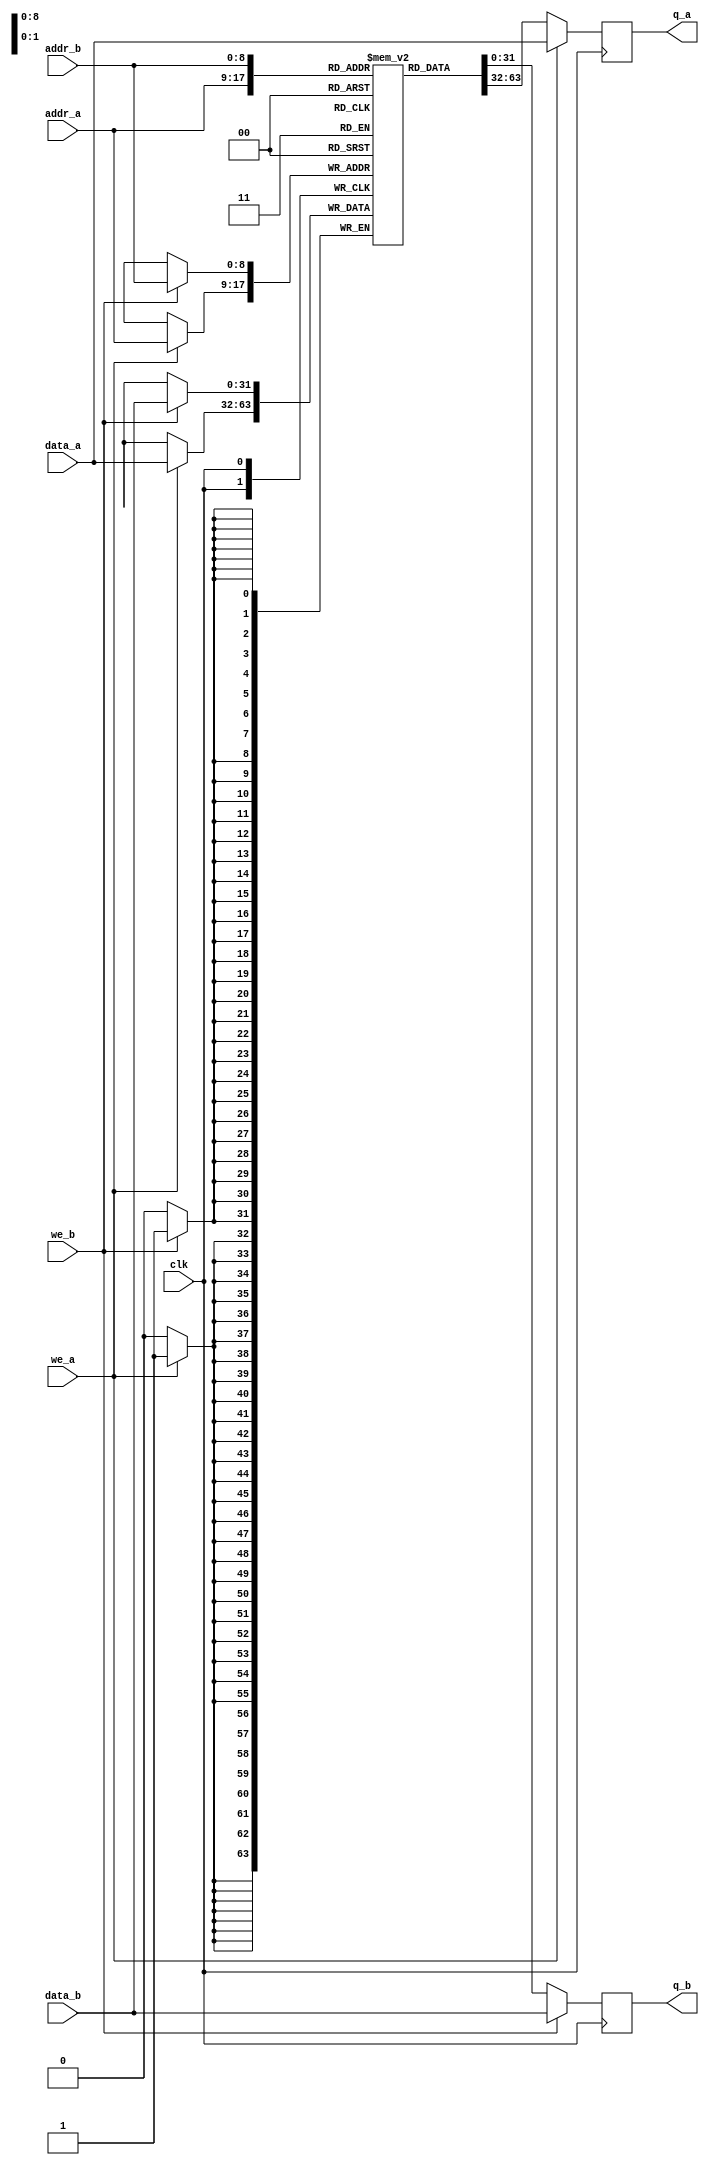
module memory
#(parameter DATA_WIDTH=32, parameter ADDR_WIDTH=9)
(
	input [(DATA_WIDTH-1):0] data_a, data_b,
	input [(ADDR_WIDTH-1):0] addr_a, addr_b,
	input we_a, we_b, clk,
	output reg [(DATA_WIDTH-1):0] q_a, q_b
);

	// Declare the RAM variable
	reg [DATA_WIDTH-1:0] ram[2**ADDR_WIDTH-1:0];

	// Port A 
	always @ (posedge clk)
	begin
		if (we_a) 
		begin
			ram[addr_a] <= data_a;
			q_a <= data_a;
		end
		else 
		begin
			q_a <= ram[addr_a];
		end 
	end 

	// Port B 
	always @ (posedge clk)
	begin
		if (we_b) 
		begin
			ram[addr_b] <= data_b;
			q_b <= data_b;
		end
		else 
		begin
			q_b <= ram[addr_b];
		end 
	end

endmodule